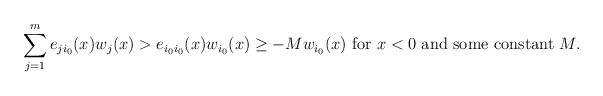
LaTeX: \begin{align*} \sum_{j=1}^m e_{ji_0}(x)w_j(x)>e_{i_0i_0}(x)w_{i_0}(x)\geq -M w_{i_0}(x) \mbox{ for } x<0 \mbox{ and some constant } M. \end{align*}